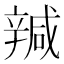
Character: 𰺩